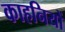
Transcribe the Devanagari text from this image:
काहनियों